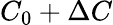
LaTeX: C_{0}+\Delta C